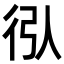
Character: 𢓙